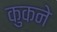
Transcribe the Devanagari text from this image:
कुकने